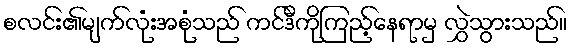
စလင်း၏မျက်လုံးအစုံသည် ကင်ဒီကိုကြည့်နေရာမှ လွှဲသွားသည်။